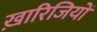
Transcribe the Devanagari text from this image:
ख़ारिजियों